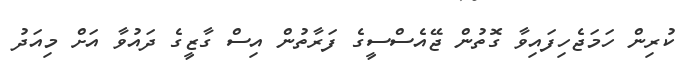
ކުރިން ހަމަޖެހިފައިވާ ގޮތުން ޖޭއެސްސީގެ ފަރާތުން އިސް ގާޒީގެ ދައުވާ އަށް މިއަދު